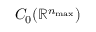
C _ { 0 } ( \mathbb { R } ^ { n _ { \operatorname* { m a x } } } )